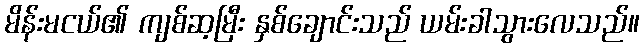
မိန်းမငယ်၏ ကျစ်ဆ့မြီး နှစ်ချောင်းသည် ယမ်းခါသွားလေသည်။